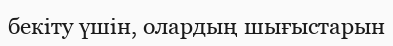
бекіту үшін, олардың шығыстарын